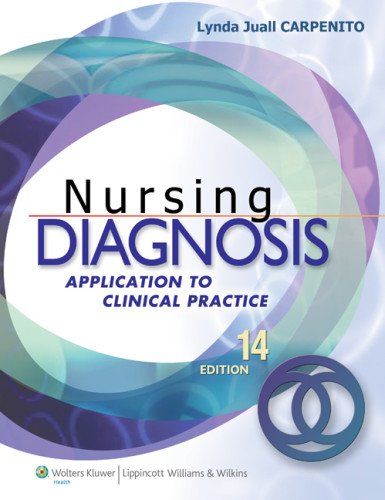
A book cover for Nursing Diagnosis: Application to Clinical Practice; Lynda Juall Carpenito RN  MSN  CRNP; Medical Books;